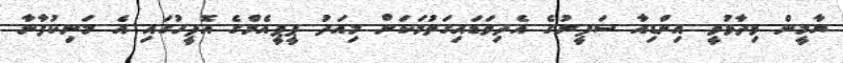
ޔާމީން ވިދާޅުވީ އިންޑިއާ ސަފީރުގެ އެދިވަޑައިގަތުމަކަށް މިއަދު ޕީޕީއެމްގެ އޮފީހުގައި އެ މަނިކުފާނާ